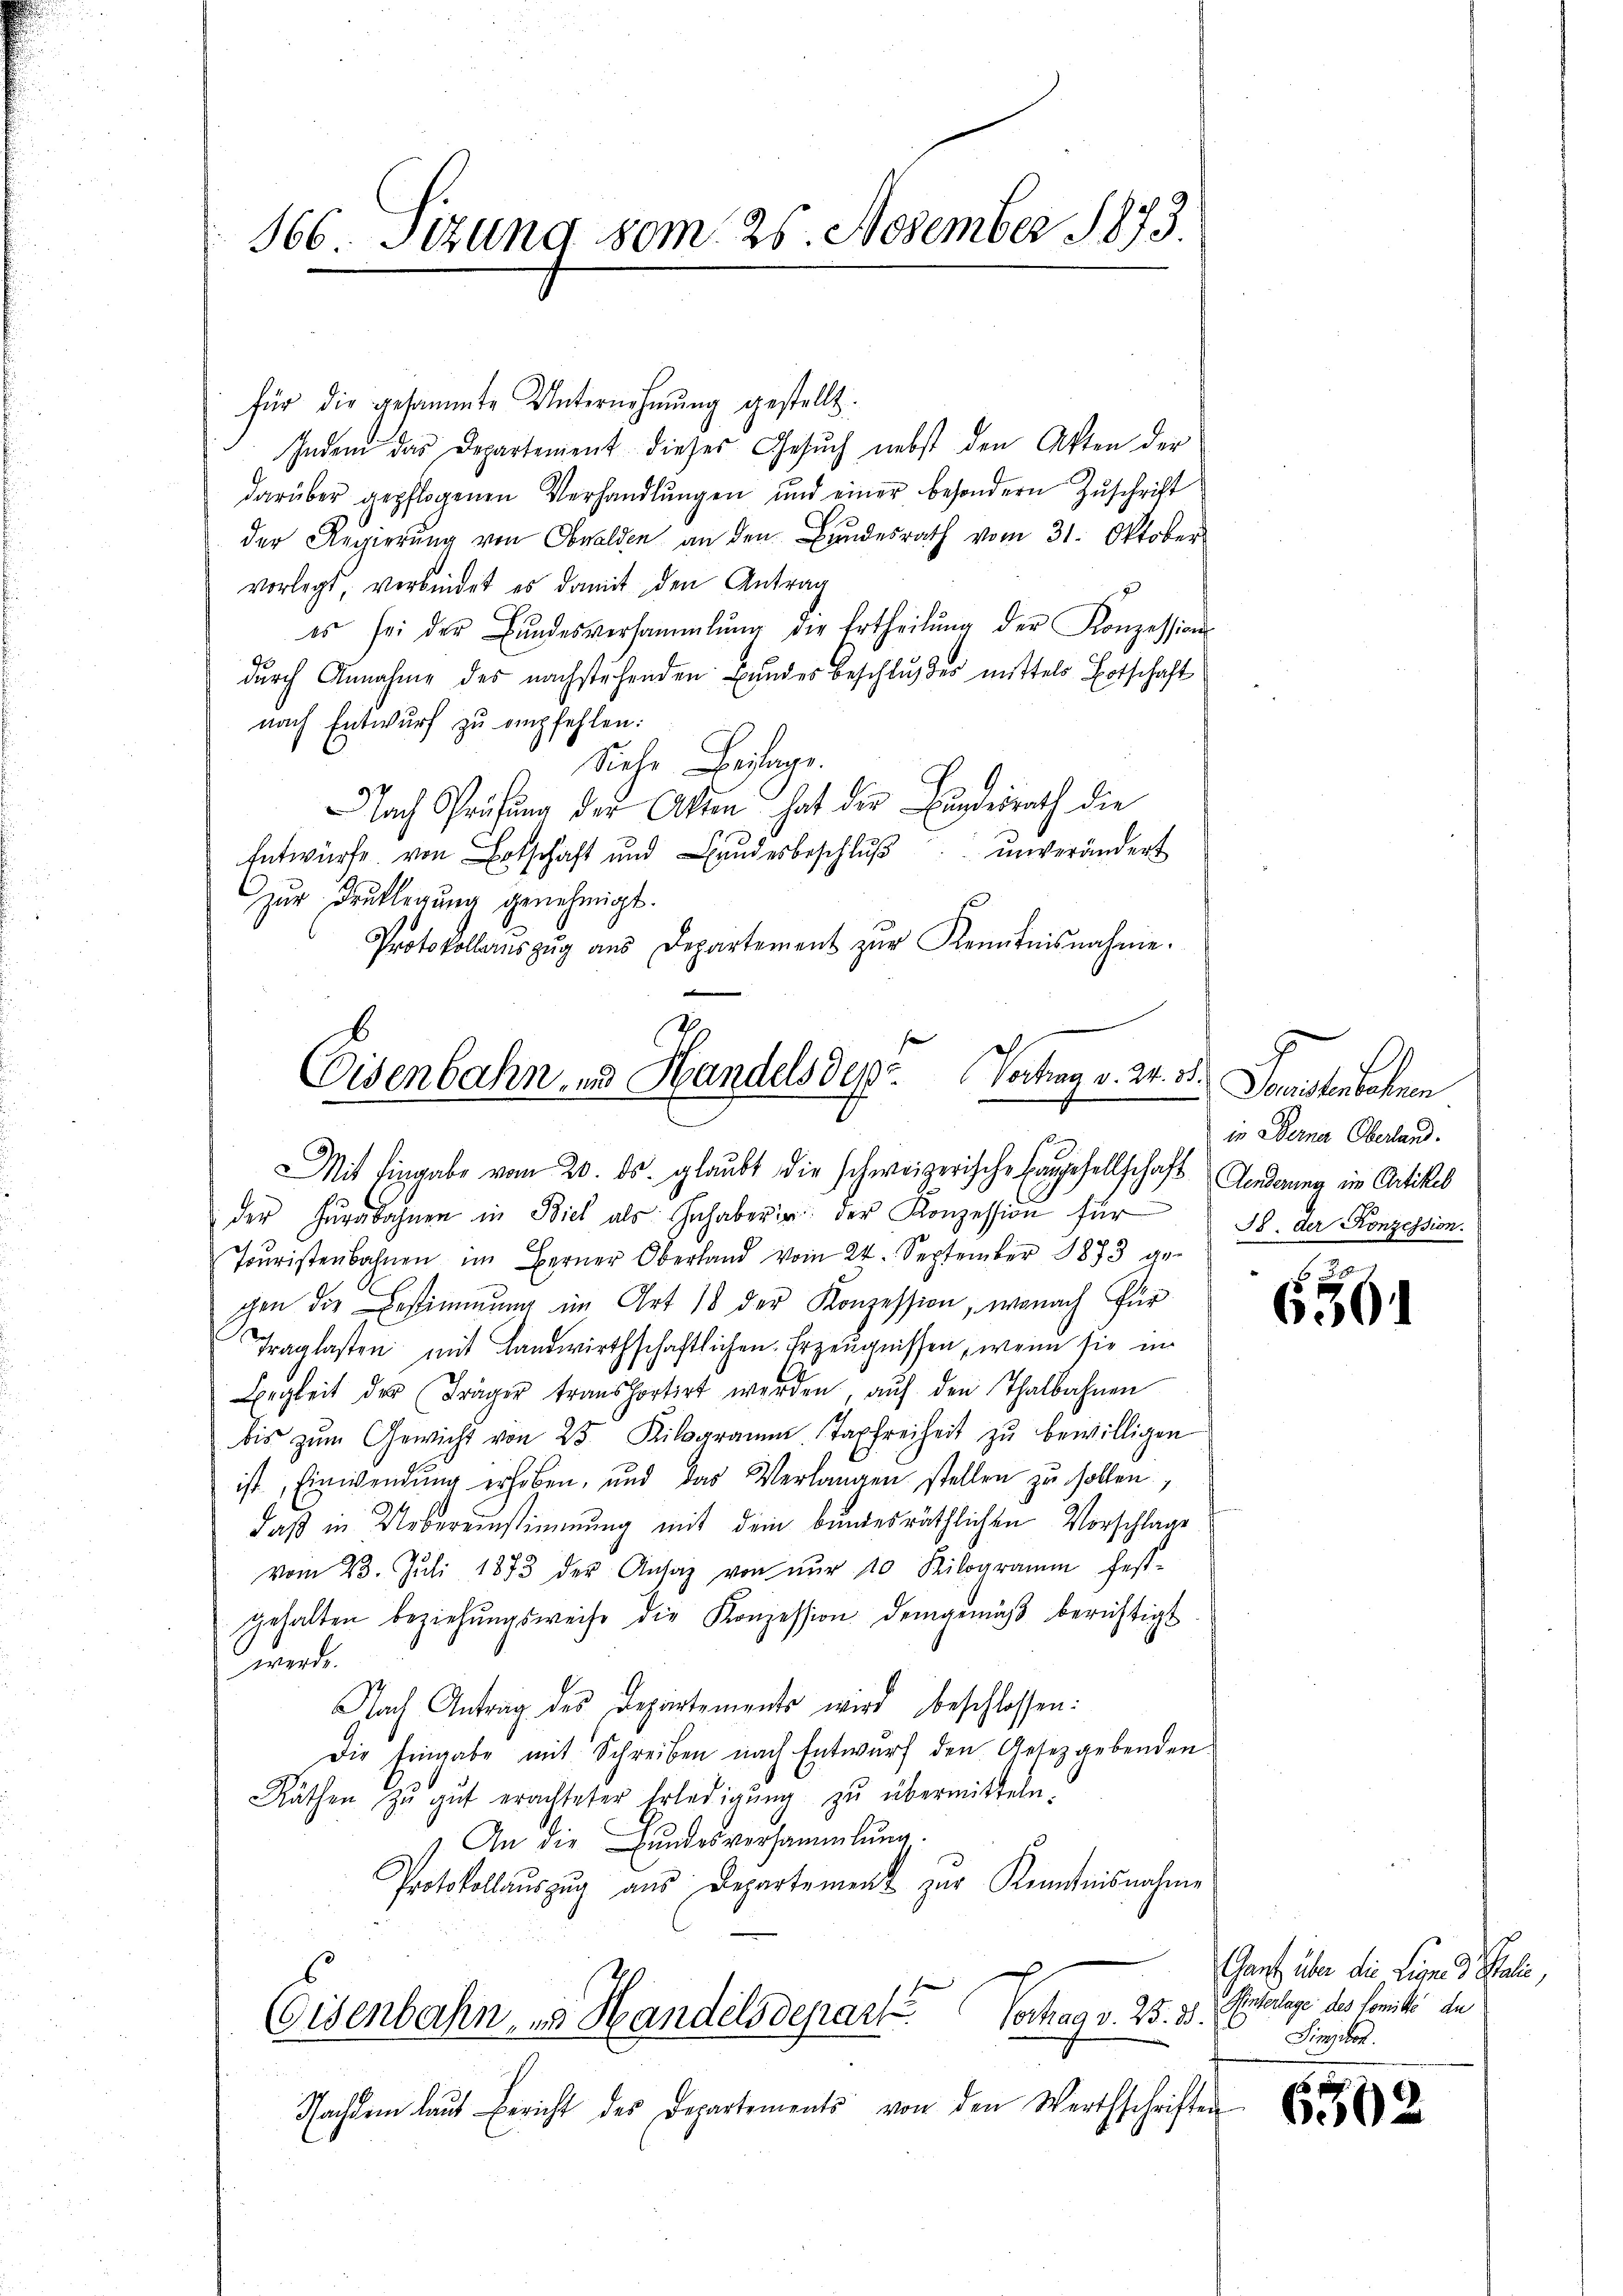
166. Sizung vom 25. November 1873.

für die gesammte Unternehmung gestellt.
Indem das Departement dieses Gesuch nebst den Akten der
darüber gepflogenen Verhandlungen und einer besondern Zuschrift
der Regierŭng von Obwalden an den Bŭndesrath vom 31. Oktober
vorlegt, verbindet es damit den Antrag
es sei der Bŭndesversammlung die Ertheilŭng der Konzessions-
durch Annahme des nachstehenden Bundes beschlußes mittels Botschaft
nach Entwurf zu empfehlen:
Siehe Beilage.
Nach Prüfung der Akten hat der Bundesrath die
Entwürfe von Botschaft und Landesbeschlŭβ ŭnverändert
zur Druklegung genehmigt.
Protokollauszug aus Departement zŭr Kenntnisnahme.

Cisenbahn, und Handelsdepz Vortrag v. 24. 38.
e
Mit Eingabe vom 20. ds. glaubt die schweizerische Eingesellschaft Anderung in Artikel

Sonstituten
in Werner Oberland.
38. Der Konzession.

der Hŭrabahnen in Biel als Inhaberin: der Konzession für
Joŭristenbahnen im Berner Oberland vom 24. September 1873 ge-
chen die Bestimmung im Art 18 der Konzession, wonach für
Traglasten mit Landwirthschaftlichen Erzeugnissen, wenn sie in
igkeit des Träger transportirt werden, aŭf den Thalbahnen
bis zŭm Gewicht von 25 Kilogramm Taxfreiheit zŭ bewilligen
ist, Einwendung erhoben, und das Verlangen stellen zu sollen,
daß in Uebereinstimmung mit dem bundesräthlichen Vorschlage
vom 23. Juli 1873 der Ansaz von nŭr 10 Kilogramm fest-
gehalten beziehŭngsweise die Konzession demgemäβ berichtigt
werde
Nach Antrag des Departements wird beschlossen:
Die Eingabe mit Schreiben nach Entwurf den Gesetzgebenden
Räthen zu gut erachteter Erledigŭng zŭ übermitteln.
An die Bundesversammlung.
Protokollauszug aus Departement zur Kenntnisnahme
Tochtes v. B. 2.
Eisenbahn, in Handelsdepart
Nachdem laut Bericht des Departements von den Werthschriften

6

Ganz über die Ligenes Stali,
Hinterlage des Comité de
Simplet.

6502